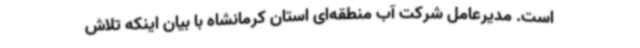
است. مدیرعامل شرکت آب منطقه‌ای استان کرمانشاه با بیان اینکه تلاش